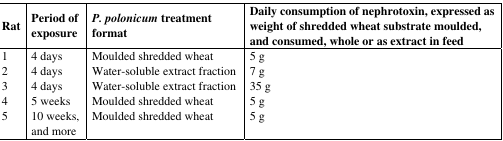
| Rat | Period of exposure | P. polonicum treatment format | Daily consumption of nephrotoxin, expressed as weight of shredded wheat substrate moulded, and consumed, whole or as extract in feed |
 | --- | --- | --- | --- |
 | 1 | 4 days | Moulded shredded wheat | 5 g |
 | 2 | 4 days | Water-soluble extract fraction | 7 g |
 | 3 | 4 days | Water-soluble extract fraction | 35 g |
 | 4 | 5 weeks | Moulded shredded wheat | 5 g |
 | 5 | 10 weeks, and more | Moulded shredded wheat | 5 g |